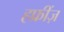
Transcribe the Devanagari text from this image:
हफ्रींज़